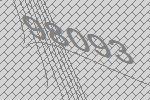
98093